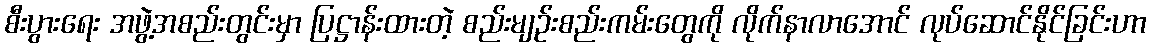
စီးပွားရေး အဖွဲ့အစည်းတွင်းမှာ ပြဋ္ဌာန်းထားတဲ့ စည်းမျဉ်းစည်းကမ်းတွေကို လိုက်နာလာအောင် လုပ်ဆောင်နိုင်ခြင်းဟာ